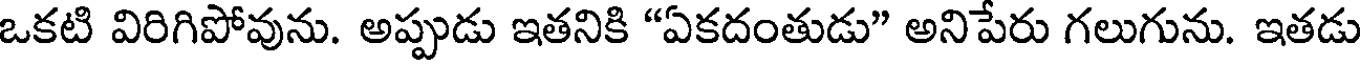
ఒకటి విరిగిపోవును. అప్పుడు ఇతనికి "ఏకదంతుడు" అనిపేరు గలుగును. ఇతడు